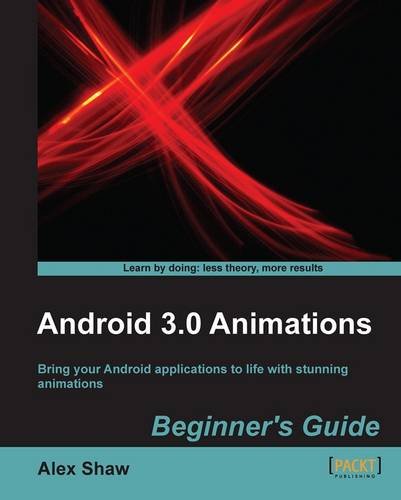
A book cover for Android 3.0 Animations: Beginner's Guide; Alex Shaw; Computers & Technology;